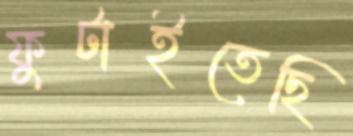
ফুটাইতেছি